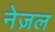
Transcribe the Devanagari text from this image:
नेज़ल